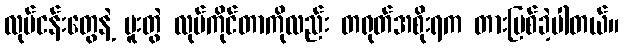
လုပ်ငန်းတွေနဲ့ ပူးတွဲ လုပ်ကိုင်တာကိုလည်း တရုတ်အစိုးရက တားမြစ်ခဲ့ပါတယ်။